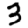
Digit: 3